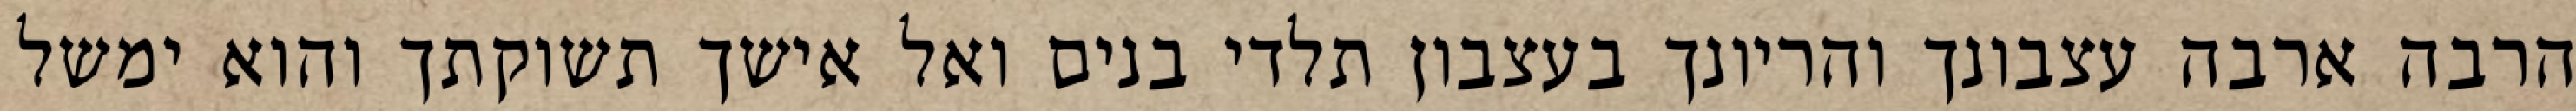
הרבה ארבה עצבונך והריונך בעצבון תלדי בנים ואל אישך תשוקתך והוא ימשל